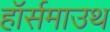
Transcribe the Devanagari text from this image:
हॉर्समाउथ